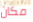
مكان